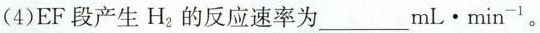
(4)EF段产生H_{2}的反应速率为___mL\cdot min_{-1}。